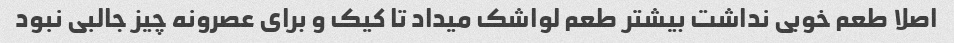
اصلا طعم خوبی نداشت بیشتر طعم لواشک میداد تا کیک و برای عصرونه چیز جالبی نبود